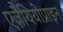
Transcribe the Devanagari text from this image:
एज़ैथियोप्राइन